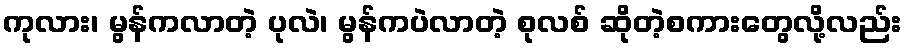
ကုလား၊ မွန်ကလာတဲ့ ပုလဲ၊ မွန်ကပဲလာတဲ့ စုလစ် ဆိုတဲ့စကားတွေလို့လည်း